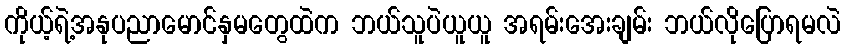
ကိုယ့်ရဲ့အနုပညာမောင်နှမတွေထဲက ဘယ်သူပဲယူယူ အရမ်းအေးချမ်း ဘယ်လိုပြောရမလဲ